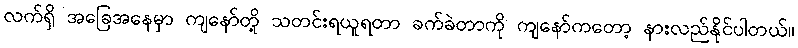
လက်ရှိ အခြေအနေမှာ ကျနော်တို့ သတင်းရယူရတာ ခက်ခဲတာကို ကျနော်ကတော့ နားလည်နိုင်ပါတယ်။